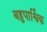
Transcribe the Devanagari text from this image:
बहुपार्श्विक